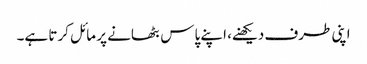
اپنی طرف دیکھنے، اپنے پاس بٹھانے پر مائل کرتا ہے۔